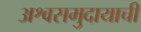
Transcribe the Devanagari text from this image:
अश्वसमुदायाची